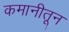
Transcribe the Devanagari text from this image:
कमानीतून